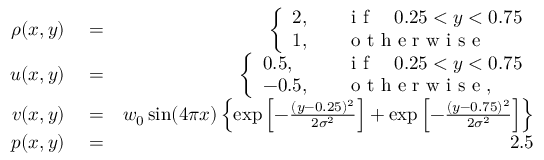
\begin{array} { r l r } { \rho ( x , y ) } & { { } = } & { \left\{ \begin{array} { l l } { 2 , \quad } & { \mathrm { ~ i ~ f ~ } \quad 0 . 2 5 < y < 0 . 7 5 } \\ { 1 , \quad } & { \mathrm { ~ o ~ t ~ h ~ e ~ r ~ w ~ i ~ s ~ e ~ } } \end{array} \right. } \\ { u ( x , y ) } & { { } = } & { \left\{ \begin{array} { l l } { 0 . 5 , \quad } & { \mathrm { ~ i ~ f ~ } \quad 0 . 2 5 < y < 0 . 7 5 } \\ { - 0 . 5 , \quad } & { \mathrm { ~ o ~ t ~ h ~ e ~ r ~ w ~ i ~ s ~ e ~ } , } \end{array} \right. } \\ { v ( x , y ) } & { { } = } & { w _ { 0 } \sin ( 4 \pi x ) \left\{ \exp \left[ - \frac { ( y - 0 . 2 5 ) ^ { 2 } } { 2 \sigma ^ { 2 } } \right] + \exp \left[ - \frac { ( y - 0 . 7 5 ) ^ { 2 } } { 2 \sigma ^ { 2 } } \right] \right\} } \\ { p ( x , y ) } & { { } = } & { 2 . 5 } \end{array}